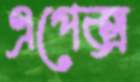
এপেক্স